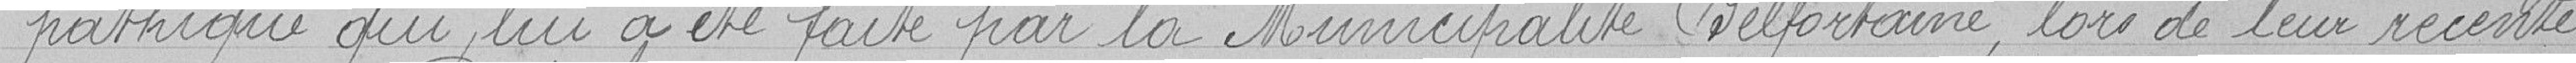
pathique qui lui a été faite par la Municipalité Belfortaine, lors de leur récente